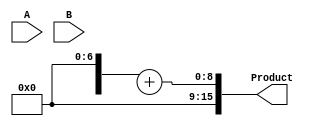
module AdaptiveWallaceTreeMultiplier #(parameter N = 8) (
    input  wire [N-1:0] A,
    input  wire [N-1:0] B,
    output wire [2*N-1:0] Product
);

    // Partial product generation
    wire [N-1:0] partial_products[N-1:0];
    genvar i;
    generate
        for (i = 0; i < N; i = i + 1) begin : pp_gen
            assign partial_products[i] = A & {N{B[i]}};
        end
    endgenerate

    // Wallace tree compression
    wire [N-1:0] sum[N-1:0];
    wire [N-1:0] carry[N-1:0];
    wire [N-1:0] temp_sum;
    wire [N-1:0] temp_carry;

    // Initial stage of Wallace tree
    generate
        for (i = 0; i < N; i = i + 1) begin : wallace_tree
            if (i < N-1) begin
                assign {carry[i][0], sum[i][0]} = partial_products[i][0] + partial_products[i+1][0];
                assign {carry[i][1], sum[i][1]} = partial_products[i][1] + partial_products[i+1][1];
                assign {carry[i][2], sum[i][2]} = partial_products[i][2] + partial_products[i+1][2];
                // Additional bits can be handled similarly
            end
        end
    endgenerate

    // Final addition stage using a carry propagate adder
    wire [2*N-1:0] final_sum;
    wire [2*N-1:0] final_carry;

    assign final_sum = sum[N-1] + carry[N-1];

    // Output stage
    assign Product = final_sum;

endmodule